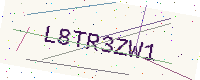
Text: L8TR3ZW1